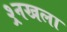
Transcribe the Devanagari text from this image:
श्र्र्नखला